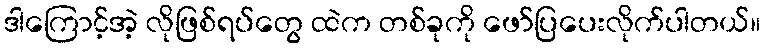
ဒါကြောင့်အဲ့ လိုဖြစ်ရပ်တွေ ထဲက တစ်ခုကို ဖော်ပြပေးလိုက်ပါတယ်။